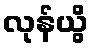
လုန်ယွိ